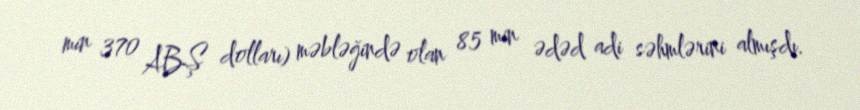
min 370 ABŞ dolları) məbləğində olan 85 min ədəd adi səhmlərini almışdı.